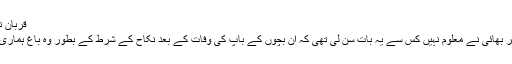
قربان نیاز کہنے لگا :
”میرے اس تاجر بھائی نے معلوم نہیں کس سے یہ بات سن لی تھی کہ ان بچوں کے باپ کی وفات کے بعد نکاح کے شرط کے بطور وہ باغ ہماری بہن کا ہو گیا ۔